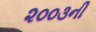
૨૦૦૩ની